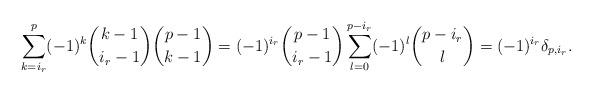
LaTeX: \begin{align*}\sum_{k=i_r}^p(-1)^k \binom{k-1}{i_r-1}\binom{p-1}{k-1}=(-1)^{i_r}\binom{p-1}{i_r-1} \sum_{l=0}^{p-i_r}(-1)^l \binom{p-i_r}{l}=(-1)^{i_r}\delta_{p,{i_r}}.\end{align*}